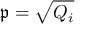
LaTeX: { \mathfrak { p } } = { \sqrt { Q _ { i } } }